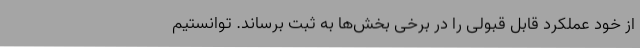
از خود عملکرد قابل قبولی را در برخی بخش‌ها به ثبت برساند. توانستیم